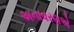
અનાવરણએ